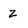
Character: z